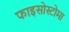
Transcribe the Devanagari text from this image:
फाइसोस्टोमा